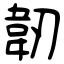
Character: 韌